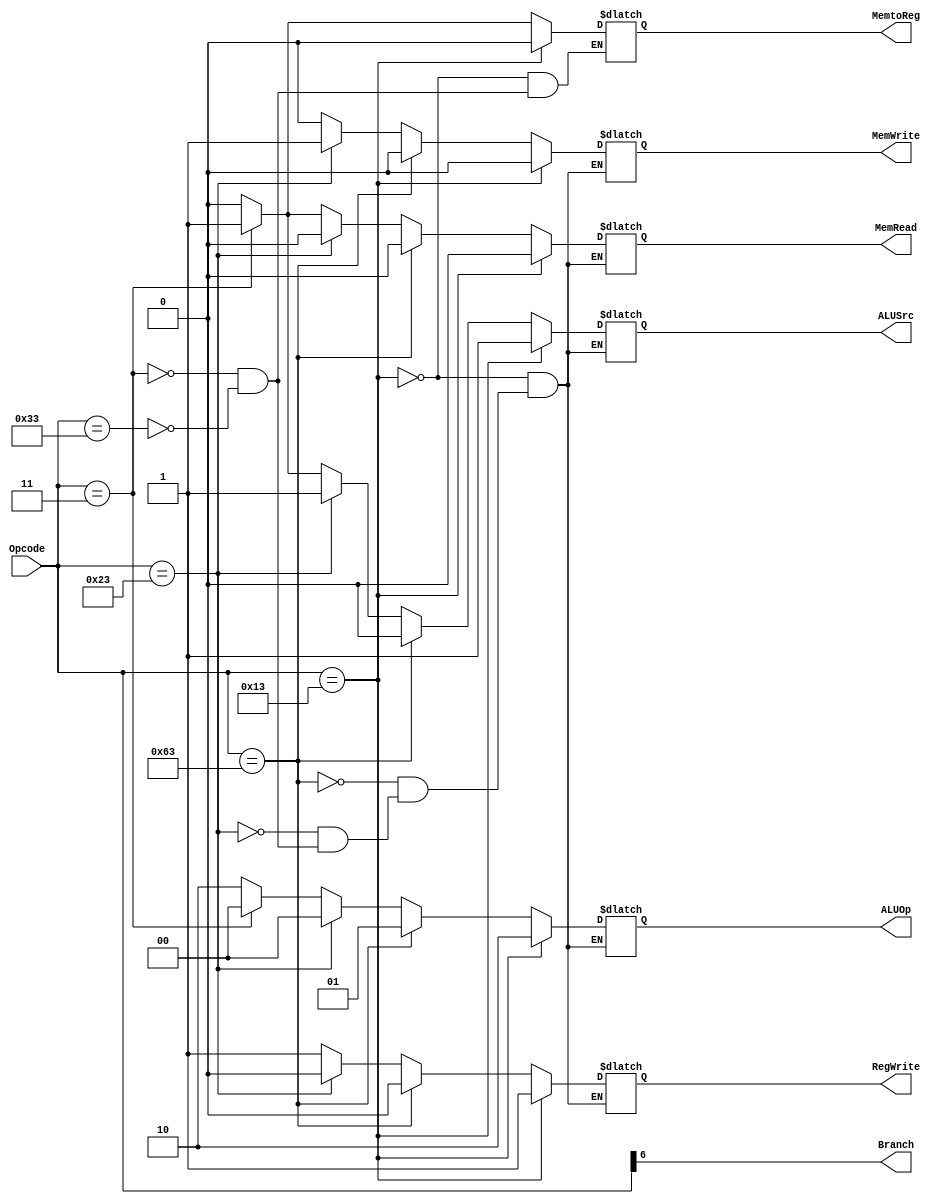
module Control_Unit
  (
  input [6:0] Opcode,
  output reg Branch, MemRead, MemtoReg, MemWrite, ALUSrc, RegWrite,
  output reg [1:0] ALUOp
  
  );
  always @ (Opcode)
  begin
    Branch = Opcode[6];
    if (Opcode == 7'b0110011)
      begin
      ALUSrc = 0;
      MemtoReg = 0;
      RegWrite = 1;
      MemRead = 0;
      MemWrite = 0;
      ALUOp = 2'b10;
      end 
      
    if (Opcode == 7'b0000011)
      begin
      ALUSrc = 1;
      MemtoReg = 1;
      RegWrite = 1;
      MemRead = 1;
      MemWrite = 0;
      ALUOp = 2'b00;
      end 
    if (Opcode == 7'b0100011)
      begin
      ALUSrc = 1;
      RegWrite = 0;
      MemRead = 0;
      MemWrite = 1;
      ALUOp = 2'b00;
      end 
    if (Opcode == 7'b1100011)
      begin
      ALUSrc = 0;
      RegWrite = 0;
      MemRead = 0;
      MemWrite = 0;
      ALUOp = 2'b01;
      end 
    if(Opcode == 7'b0010011)
      begin
      MemtoReg = 0;
      ALUSrc = 1;
      RegWrite = 1;
      MemRead = 0;
      MemWrite = 0;
      ALUOp = 2'b10;
      end 
	
    end 
  
endmodule